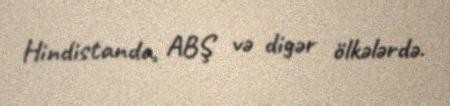
Hindistanda, ABŞ və digər ölkələrdə.